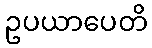
ဥပယာပေတိ